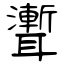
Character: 聻